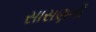
સાસણની